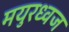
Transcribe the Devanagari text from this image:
मयुरध्वज